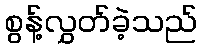
စွန့်လွှတ်ခဲ့သည်